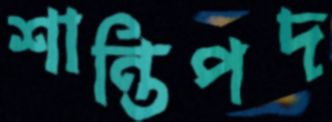
শান্তিপদ